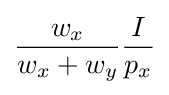
{\frac {w_{x}}{w_{x}+w_{y}}}{I \over p_{x}}